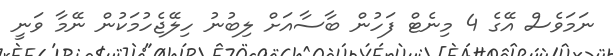
ނަމަވެސް އޭގެ 4 މިނެޓް ފަހުން ބާސާއަށް ލިބުނު ހިލޭޖެހުމަކުން ނޭމާ ވަނީ